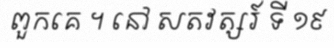
ពួកគេ ។ នៅ សតវត្សរ៍ ទី ១៩